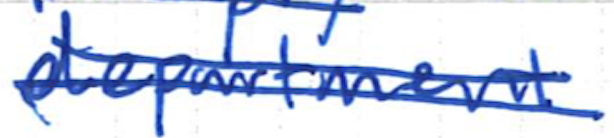
Text: department
Cross-out: double-line
Writing tool: ballpoint